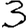
Digit: 3